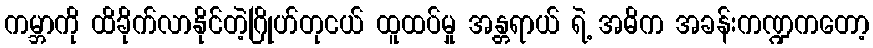
ကမ္ဘာကို ထိခိုက်လာနိုင်တဲ့ဂြိုဟ်တုငယ် ထူထပ်မှု အန္တရာယ် ရဲ့ အဓိက အခန်းကဏ္ဍကတော့